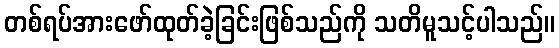
တစ်ရပ်အားဖော်ထုတ်ခဲ့ခြင်းဖြစ်သည်ကို သတိမူသင့်ပါသည်။